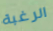
الرغبة